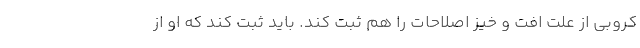
کروبی از علت افت و خیز اصلاحات را هم ثبت کند. باید ثبت کند که او از